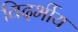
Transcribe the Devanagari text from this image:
विदर्भीय